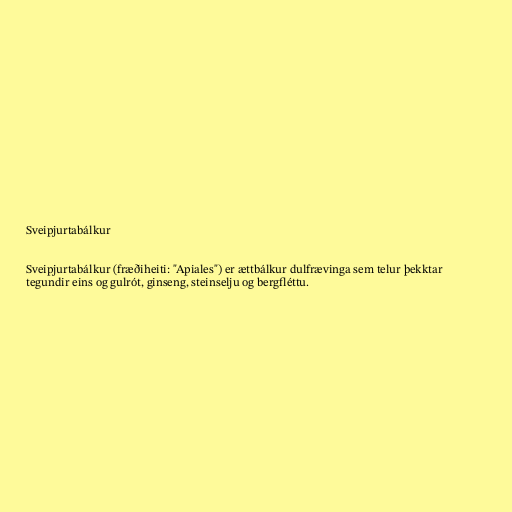
Sveipjurtabálkur

Sveipjurtabálkur (fræðiheiti: "Apiales") er ættbálkur dulfrævinga sem telur þekktar
tegundir eins og gulrót, ginseng, steinselju og bergfléttu.